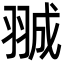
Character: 𮊽